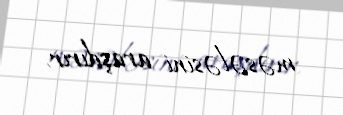
məsələsini araşdırır.